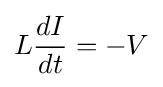
L{\frac {dI}{dt}}=-V